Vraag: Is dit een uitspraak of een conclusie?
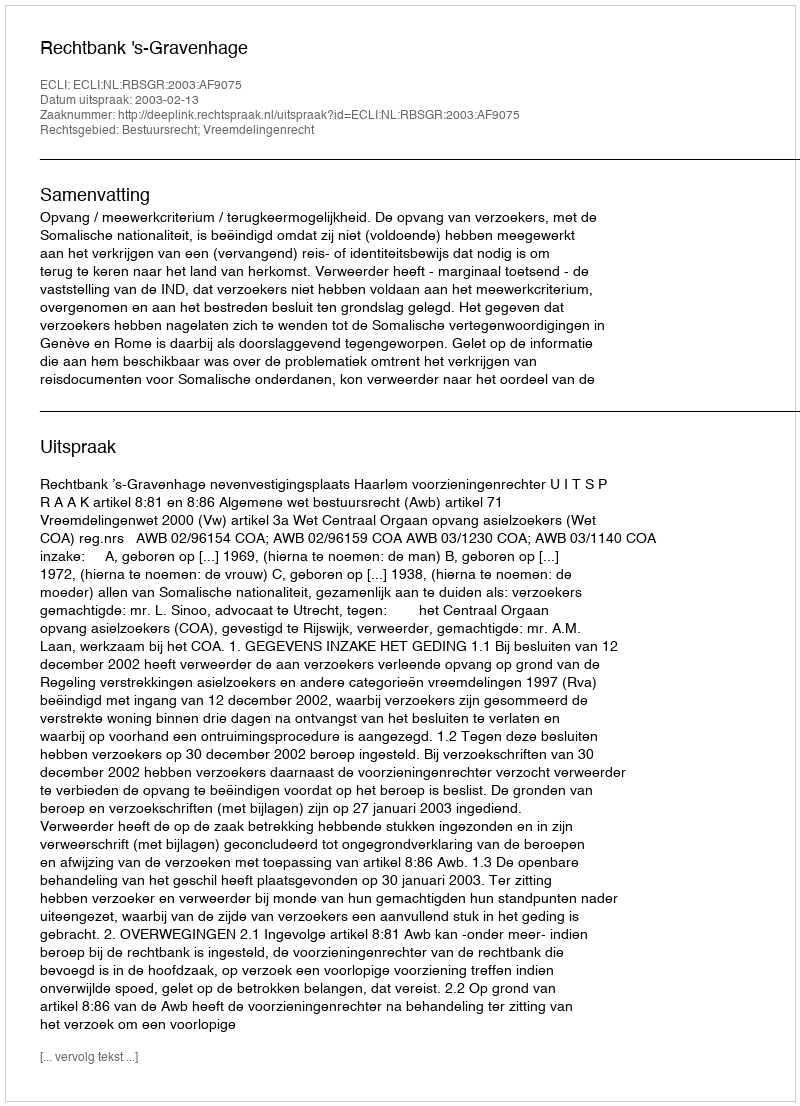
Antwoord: Uitspraak